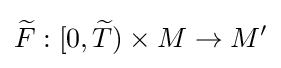
{\widetilde {F}}:[0,{\widetilde {T}})\times M\to M'